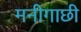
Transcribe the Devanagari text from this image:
मनीगाछी